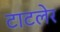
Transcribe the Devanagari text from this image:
टाटलेर